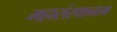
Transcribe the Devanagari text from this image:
महासंस्थानाम